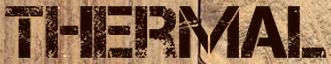
thermal